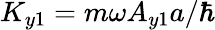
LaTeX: K_{y1}=m\omega A_{y1}a/\hbar